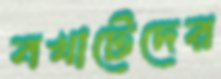
বখাটেদের